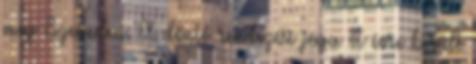
meg Szegeden. A döntő rendezési joga öt évre került